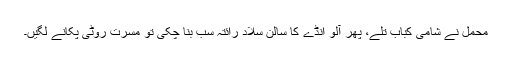
محمل نے شامی کباب تلے، پھر آلو انڈے کا سالن سلاد رائتہ سب بنا چکی تو مسرت روٹی پکانے لگیں۔